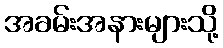
အခမ်းအနားများသို့